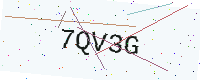
Text: 7QV3G